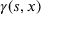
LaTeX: \gamma ( s , x )